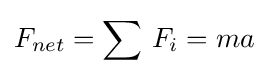
F_{net}=\sum \,F_{i}=ma